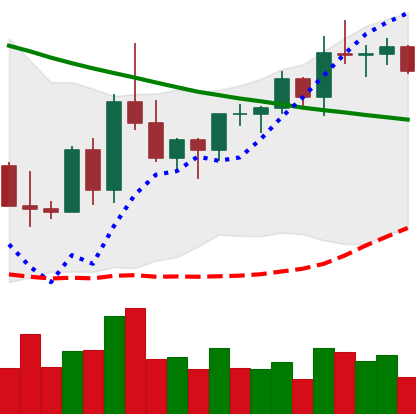
Ticker: XRP-USD
Chart end date: 2022-03-25
Forward return: 4.325%
Label: up_3_5